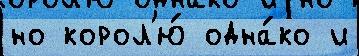
но корол'ю́ одна́ко и